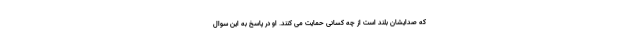
که صدایشان بلند است از چه کسانی حمایت می کنند. او در پاسخ به این سوال